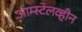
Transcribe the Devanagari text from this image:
आम्स्टेलव्हीन